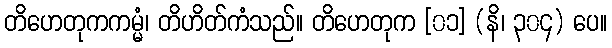
တိဟေတုကကမ္မံ၊ တိဟိတ်ကံသည်။ တိဟေတုက [၀၁] (နိ၊ ၃၀၄) ပေ။